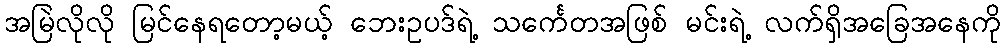
အမြဲလိုလို မြင်နေရတော့မယ့် ဘေးဥပဒ်ရဲ့ သင်္ကေတအဖြစ် မင်းရဲ့ လက်ရှိအခြေအနေကို